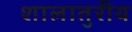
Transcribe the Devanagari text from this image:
शालातुरीय